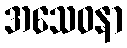
အသေဝနာ